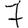
Digit: 7